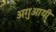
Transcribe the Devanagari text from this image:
अगुआयी